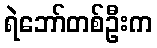
ရဲဘော်တစ်ဦးက